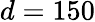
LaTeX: d=150